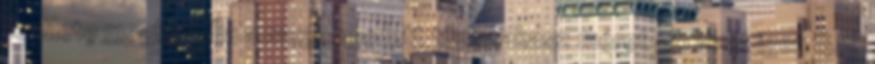
területe meghaladja a megengedett tûzszakasz méret 50%-át igen 8.2.